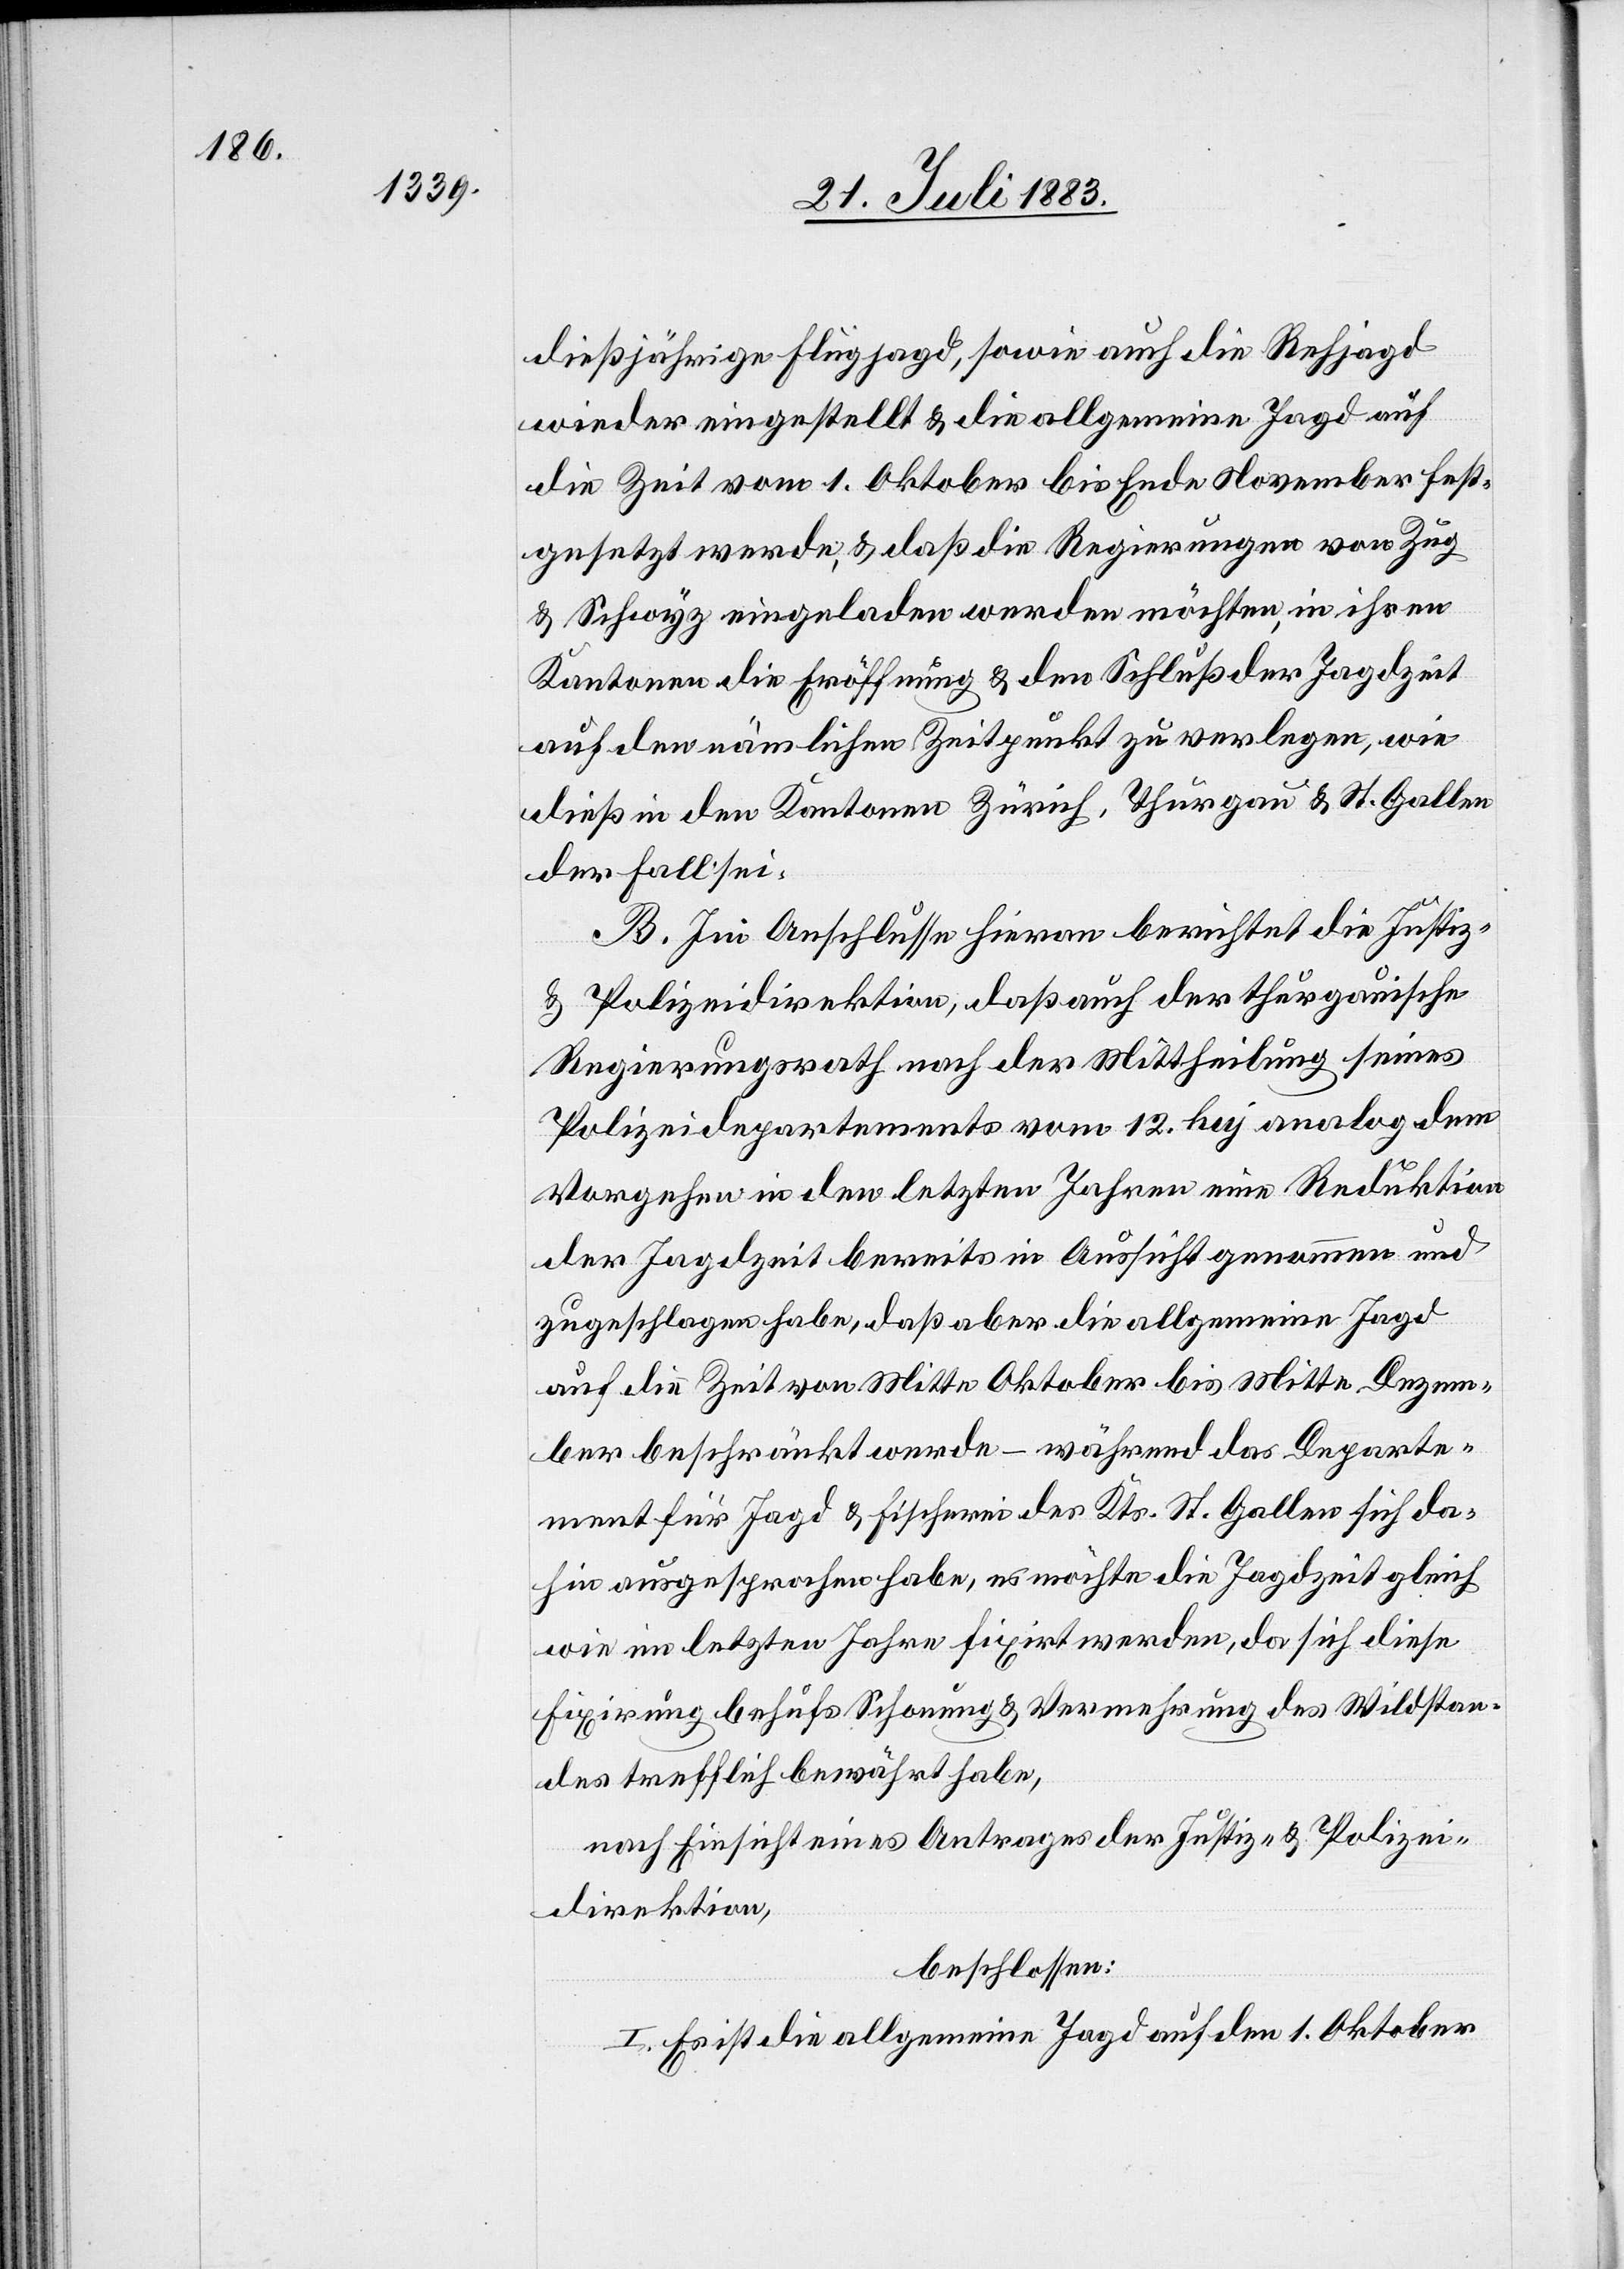
dießjährige Flugjagd, sowie auch die Rehjagd
wieder eingestellt & die allgemeine Jagd auf
die Zeit vom 1. Oktober bis Ende November fest¬
gesetzt werde, & daß die Regierungen von Zug
& Schwyz eingeladen werden möchten, in ihren
Kantonen die Eröffnung & den Schluß der Jagdzeit
auf den nämlichen Zeitpunkt zu verlegen, wie
dieß in den Kantonen Zürich, Thurgau & St. Gallen
der Fall sei.
B. Im Anschlusse hieran berichtet die Justiz-
& Polizeidirektion, daß auch der thurgauische
Regierungsrath nach der Mittheilung seines
Polizeidepartements vom 12. huj analog dem
Vorgehen in den letzten Jahren eine Reduktion
der Jagdzeit bereits in Aussicht genommen und
zugeschlagen habe, daß aber die allgemeine Jagd
auf die Zeit von Mitte Oktober bis Mitte Dezem¬
ber beschränkt werde – während das Departe¬
ment für Jagd & Fischerei des Kts. St. Gallen sich da¬
hin ausgesprochen habe, es möchte die Jagdzeit gleich
wie im letzten Jahre fixirt werden, da sich diese
Fixirung behufs Schonung & Vermehrung des Wildstan¬
des trefflich bewährt habe,
nach Einsicht eines Antrages der Justiz- & Polizei¬
direktion,
beschlossen:
I. Es ist die allgemeine Jagd auf den 1. Oktober